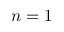
n = 1